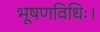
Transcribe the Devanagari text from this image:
भूषणविधिः।